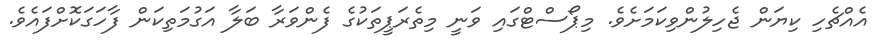
އެއްޗެހި ކިޔަން ޖެހިލުންވިކަމަަށެވެ. މިޕޯސްޓްގައި ވަނީ މިތެރަޕީތަކުގެ ފެންވަރާ ބަލާ އަގުމަތިކަން ފާހަގަކޮށްފައެވެ.